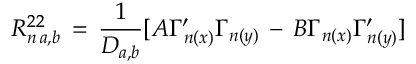
R _ { n \, a , b } ^ { 2 2 } \, = \, \frac { 1 } { D _ { a , b } } [ A \Gamma _ { n ( x ) } ^ { \prime } \Gamma _ { n ( y ) } \, - \, B \Gamma _ { n ( x ) } \Gamma _ { n ( y ) } ^ { \prime } ]